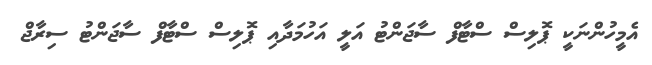
އެމީހުންނަކީ ޕޮލިސް ސްޓާފް ސާޖަންޓު އަލީ އަހުމަދާއި ޕޮލިސް ސްޓާފް ސާޖަންޓު ސިރާޖް